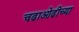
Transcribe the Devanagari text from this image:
चढाओढीच्या